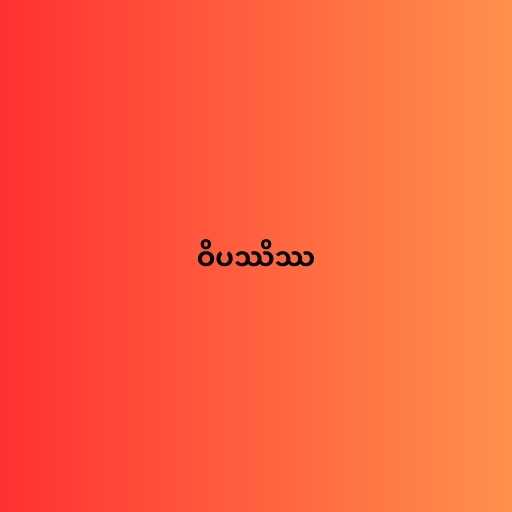
ဝိပဿိဿ